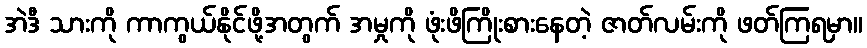
အဲဒီ သားကို ကာကွယ်နိုင်ဖို့အတွက် အမှုကို ဖုံးဖိကြိုးစားနေတဲ့ ဇာတ်လမ်းကို ဖတ်ကြရမှာ။